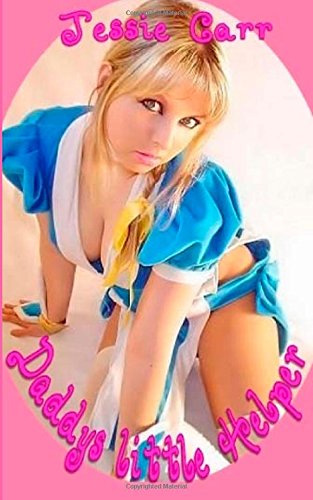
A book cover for Daddys Little Helper: Extreme Age Play Erotica; Jessie Carr; Romance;